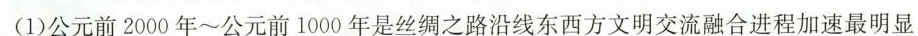
(1)公元前2000年~公元前1000年是丝绸之路沿线东西方文明交流融合进程加速最明显